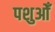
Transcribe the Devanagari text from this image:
पशुओँ